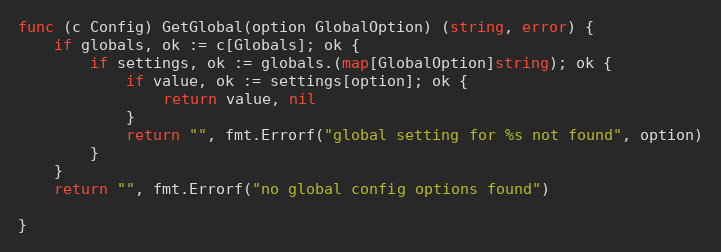
Language: Go
func (c Config) GetGlobal(option GlobalOption) (string, error) {
	if globals, ok := c[Globals]; ok {
		if settings, ok := globals.(map[GlobalOption]string); ok {
			if value, ok := settings[option]; ok {
				return value, nil
			}
			return "", fmt.Errorf("global setting for %s not found", option)
		}
	}
	return "", fmt.Errorf("no global config options found")

}